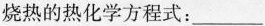
烧热的热化学方程式：___